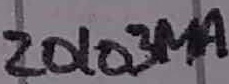
Text: Z0103M1